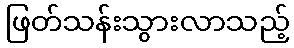
ဖြတ်သန်းသွားလာသည့်